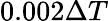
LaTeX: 0.002\Delta T